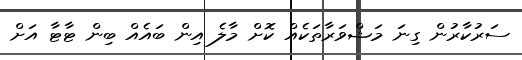
ސަރުކާރުން ގިނަ މަޝްވަރާތަކެއް ކޮށް މާލެ އިން ބައެއް ބިން ޓާޓާ އަށް